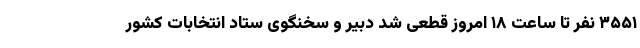
۳۵۵۱ نفر تا ساعت ۱۸ امروز قطعی شد دبیر و سخنگوی ستاد انتخابات کشور